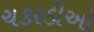
ચકરડીઓ